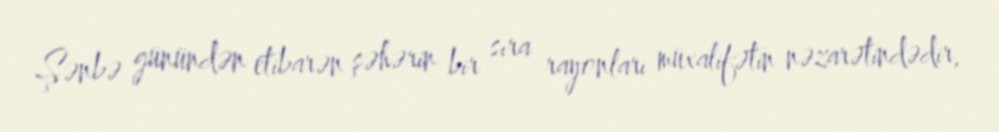
Şənbə günündən etibarən şəhərin bir sıra rayonları müxalifətin nəzarətindədir,